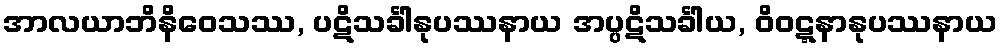
အာလယာဘိနိဝေသဿ, ပဋိသင်္ခါနုပဿနာယ အပ္ပဋိသင်္ခါယ, ဝိဝဋ္ဋနာနုပဿနာယ